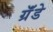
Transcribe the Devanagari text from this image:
ग्रॅंडे